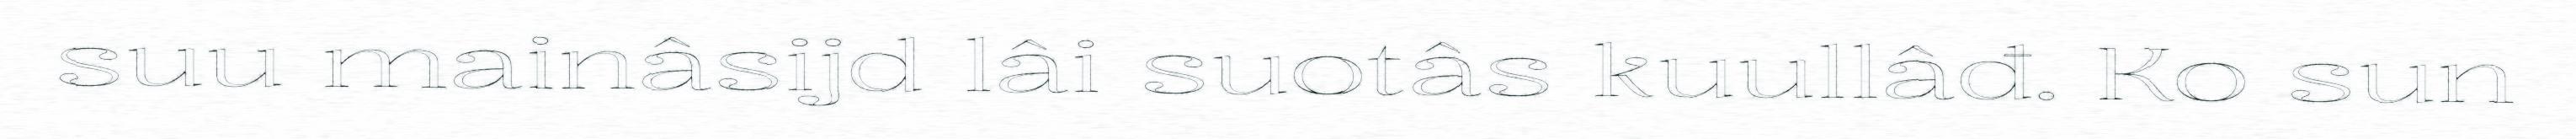
suu mainâsijd lâi suotâs kuullâđ. Ko sun